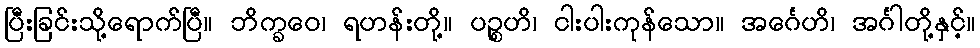
ပြီးခြင်းသို့ရောက်ပြီ။ ဘိက္ခဝေ၊ ရဟန်းတို့။ ပဉ္စဟိ၊ ငါးပါးကုန်သော။ အင်္ဂေဟိ၊ အင်္ဂါတို့နှင့်။